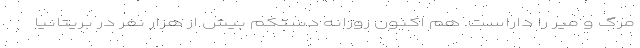
مرگ و میر را داراست. هم اکنون روزانه دستکم بیش از هزار نفر در بریتانیا